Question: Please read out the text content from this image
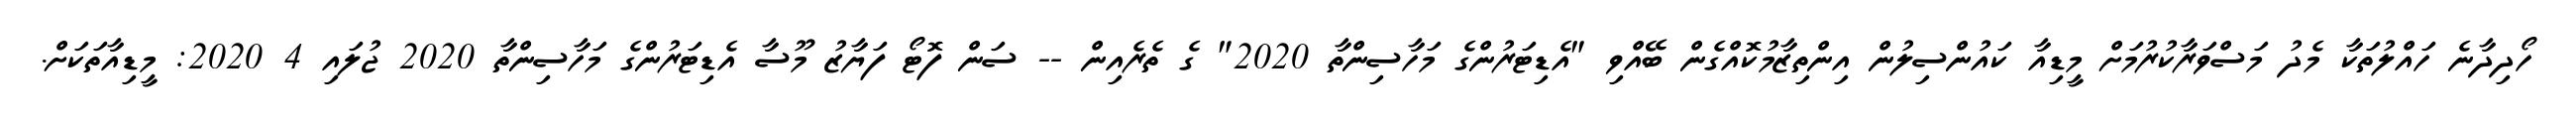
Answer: ހޯދިދާނެ ހައްލުތަކާ މެދު މަސްވަރާކުރުމަށް މީޑިއާ ކައުންސިލުން އިންތިޒާމުކޮއްގެން ބޭއްވި "އެޑިޓަރުންގެ މަހާސިންތާ 2020" ގެ ތެރެއިން -- ސަން ފޮޓޯ ފަޔާޒު މޫސާ އެޑިޓަރުންގެ މަހާސިންތާ 2020 ޖުލައި 4 2020: މީޑިއާތަކަށް.